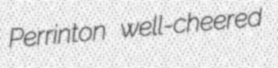
Perrinton well-cheered